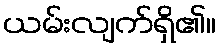
ယမ်းလျက်ရှိ၏။